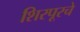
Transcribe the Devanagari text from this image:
शिरपूरचे